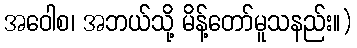
အဝေါစ၊ အဘယ်သို့ မိန့်တော်မူသနည်း။)